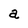
Character: a